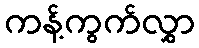
ကန့်ကွက်လွှာ